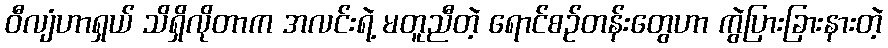
ဝီလျံဟာရှယ် သိရှိလိုတာက အလင်းရဲ့ မတူညီတဲ့ ရောင်စဉ်တန်းတွေဟာ ကွဲပြားခြားနားတဲ့